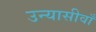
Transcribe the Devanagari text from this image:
उन्यासीवाँ